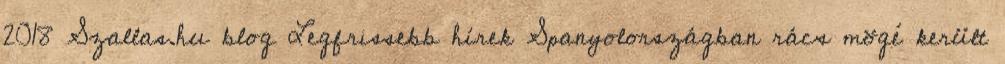
2018 Szallas.hu blog Legfrissebb hírek Spanyolországban rács mögé került